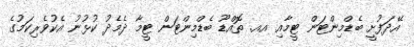
އޭދަފުށީ ބެޑްމިންޓަން ޓީމާއި އއ. ތޮއްޑޫ ބެޑްމިންޓަން ޓީމާ ދެމެދު ކުޅުނު އެކުވެރިކަމުގެ